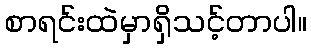
စာရင်းထဲမှာရှိသင့်တာပါ။